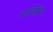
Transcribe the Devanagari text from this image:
पर्श्विम